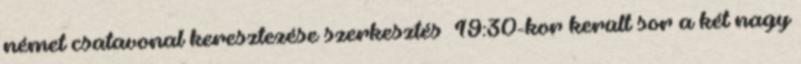
német csatavonal keresztezése szerkesztés 19:30-kor került sor a két nagy